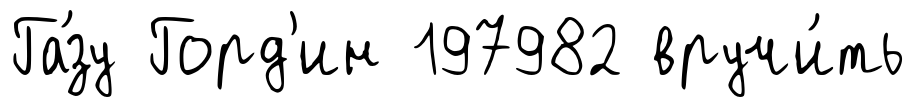
Га́зу Горд'ин 197982 вручи́ть